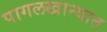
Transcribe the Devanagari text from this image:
पागलखान्यात